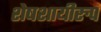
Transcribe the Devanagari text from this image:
शेषशायीरुप